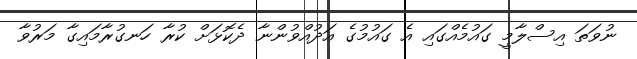
ނުވަތަ އިސްލާމީ ގައުމެއްގައި އެ ގައުމުގެ އަދުއްވުންނާ ދެކޮޅަށް ކުރާ ހަނގުރާމައިގާ މަރުވާ